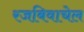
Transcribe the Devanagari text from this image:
रजबिवाचेल